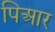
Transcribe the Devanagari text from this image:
पिआर